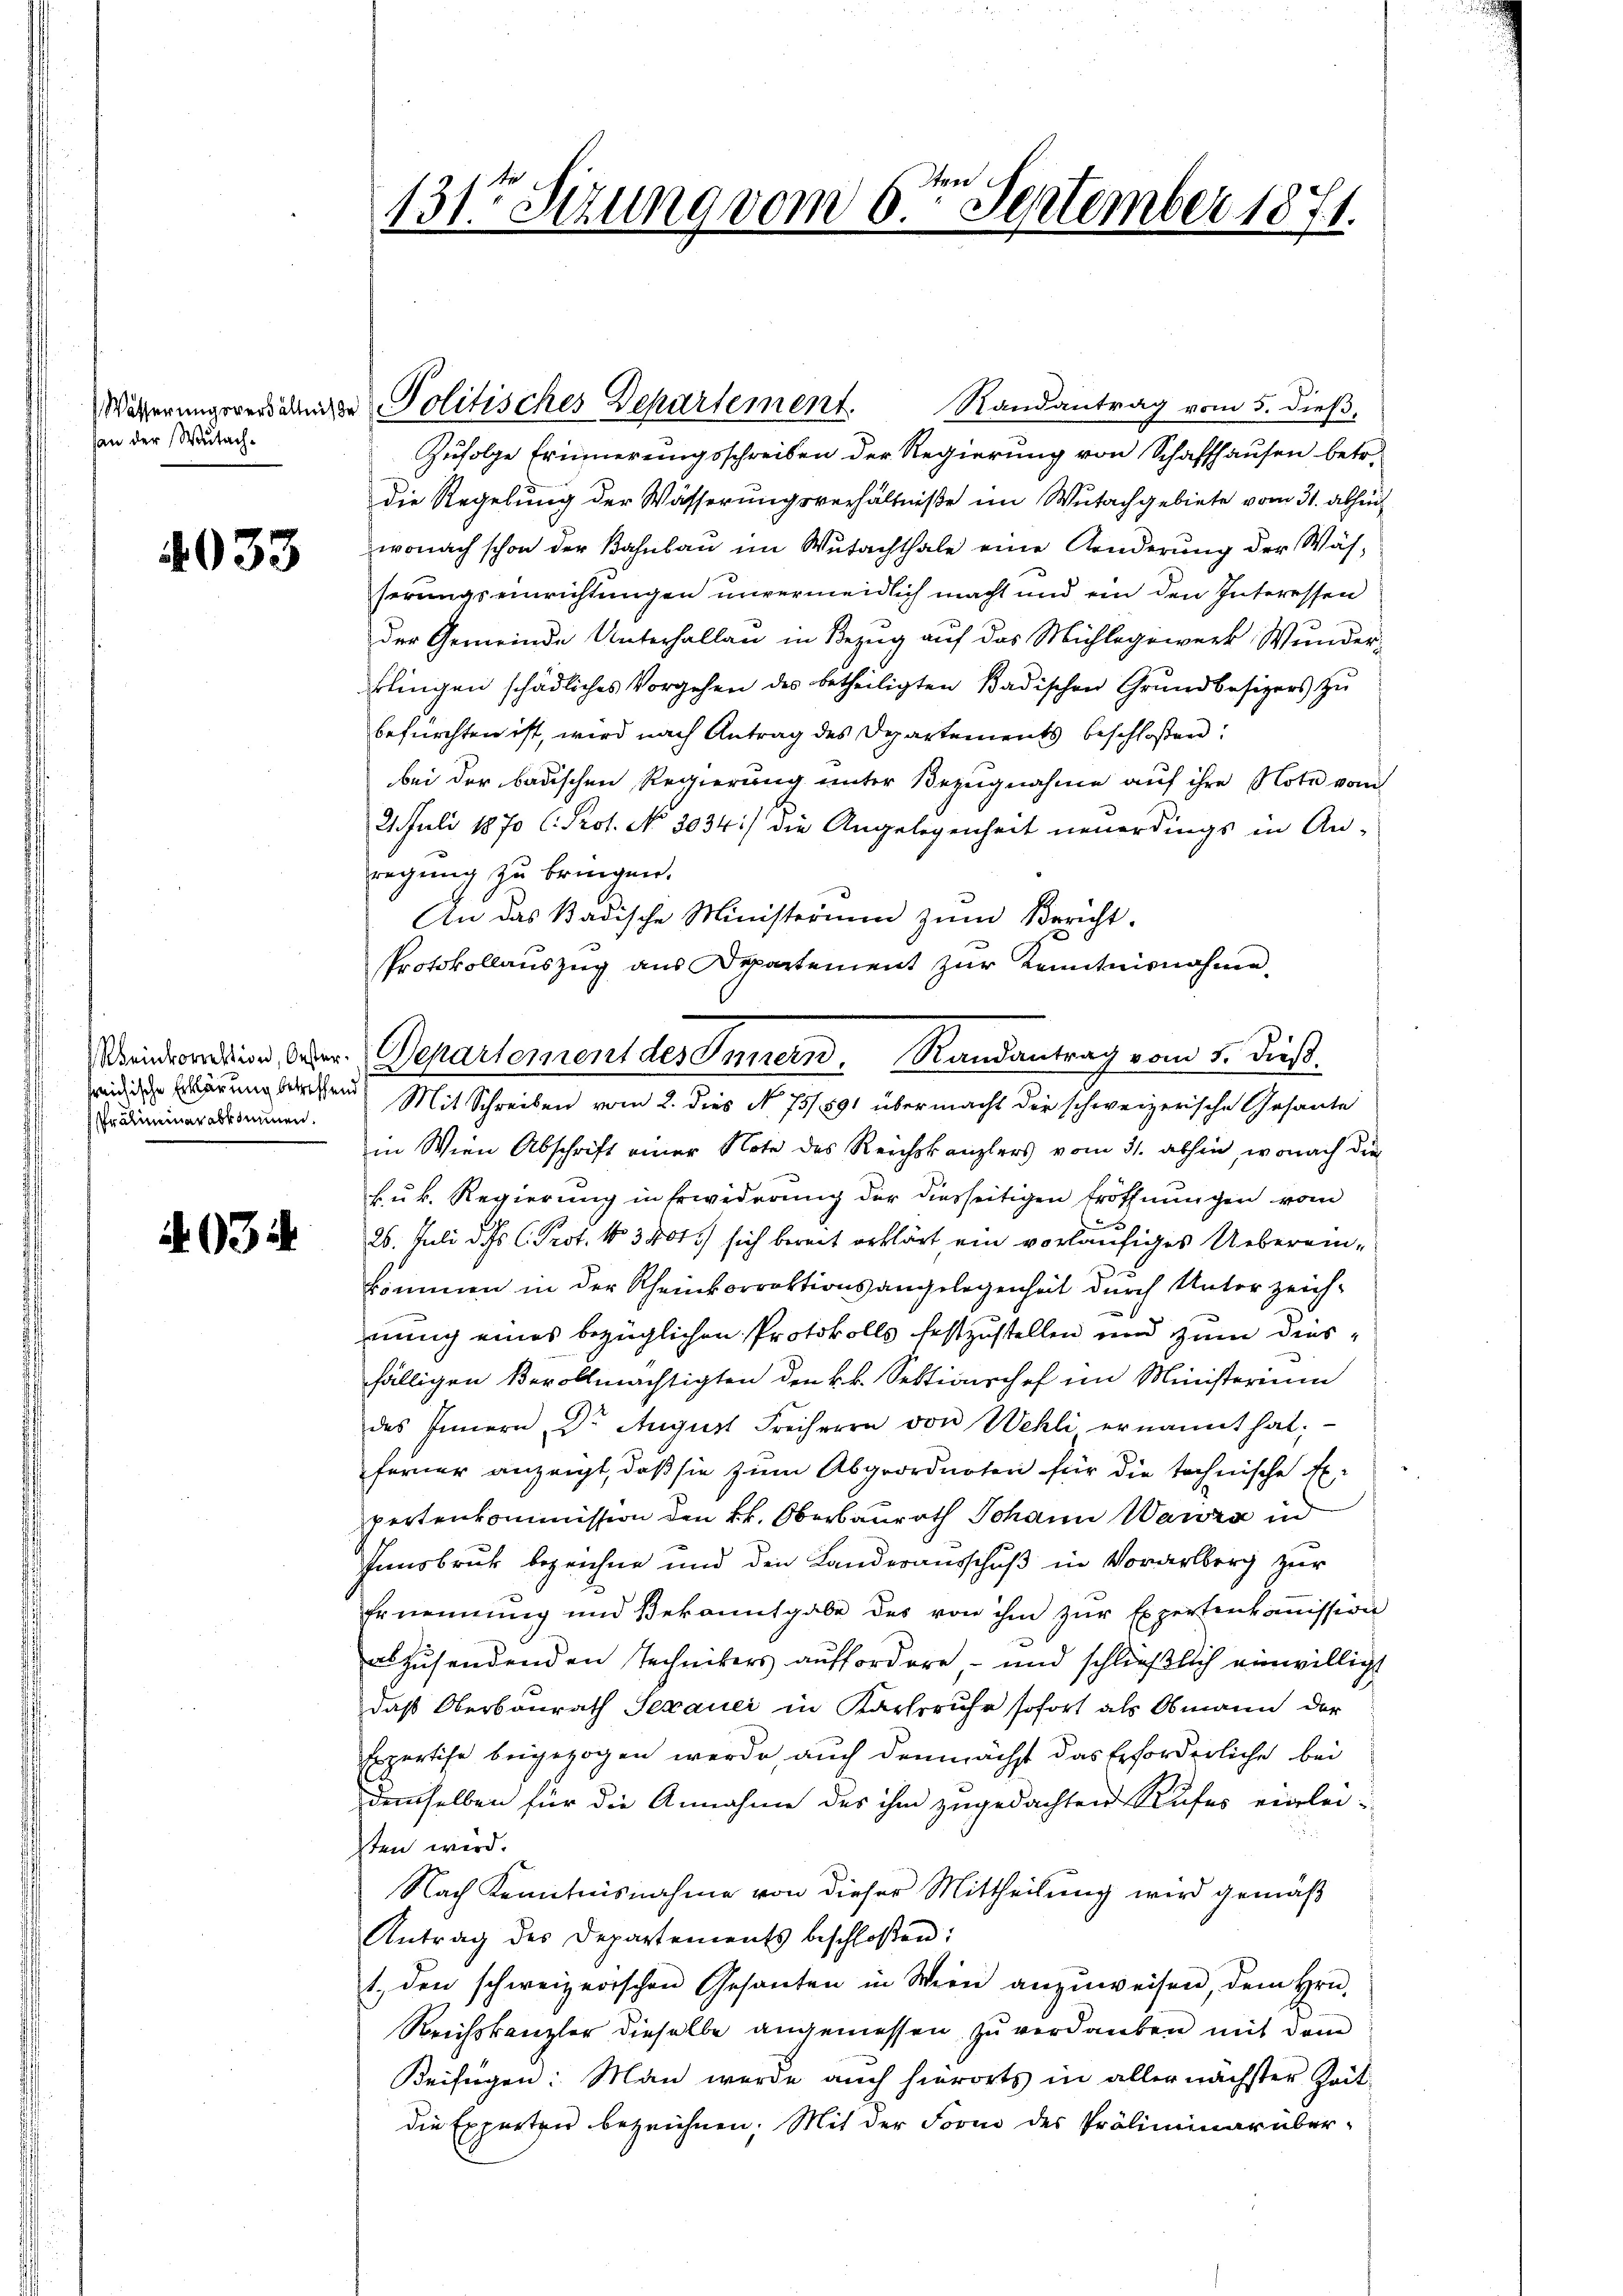
san der Wutach¬

4033

Weinkorrektion, Oesterreichische Erklärung betreffend
Prälimeiner abkommen.

4034

131ten Sizung vom 6ten September 1871.

Wäßerungeressaie Politisches Departement.

Randantrag vom 5. dieß,
Zufolge Erinnerungsschreiben der Regierung von Schaffhausen betr.
die Regelung der Wässerungsverhältniße im Wutachgebiete vom 31. abhin
wonach schon der Bahnbau im Wutachthale eine Aenderŭng der Wäh-
serungseinrichtungen unvermeidlich macht und ein den Interessen
der Gemeinde Unterhallen in Bezug auf das Mühlegewerk Wunderklingen schädliches Vorgehen des betheiligten Badischen Grundbesizers zu
befürchten ist, wird nach Antrag des Departements beschloßen:
bei der badischen Regierung unter Bezugnahme auf ihre Note vom
21. Juli 1870 C. Prot. No 3034) die Angelegenheit neuerdings in An-
regung zu bringen.
An das Badische Ministerium zum Bericht.
Protokollauszug aus Departement zur Kenntnisnahme
Mit Schreiben vom 2. dies No. 751. 891 übermacht der schweizerische Gesante
in Wien Abschrift einer Note des Reichskanzlers vom 31. abhin, wonach die
kuk. Regierung in Erwiderung der diesseitigen Eröffnungen vom
26. Juli d. Js. C. Prot. No 3400. sich bereit erklärt ein vorläufiges Uebereinkommen in der Rheinkorrektionsangelegenheit durch Unterzeich-
nung eines bezüglichen Protokolls festzustellen und zum diesfälligen Bevollmächtigten den k.k. Sektionschef im Ministerium
des Innern Dr. August Freiherrn von Wehli ernannt hat;
ferner anzeigt, daß sie zum Abgeordneten für die technische Expertenkommission den kk. Oberbaurath Johann Wanza in
Innsbruk bezeichne und den Landerausschuß in Vorarlberg zur
Ernennung und Bekanntgabe des von ihm zur Expertenkoṁission
abzusendenden Technikers auffordere - und schließlich einwilligt
daß Oberbaurath Sexauci in Karlsruhr sofort als Obmann der
Expertise beigezogen werde auch demnächst das Erforderliche bei
demselben für die Annahme des ihm zugedachten Rufes einlei-
sten wird.
Nach Kenntnisnahme von dieser Mittheilung wird gemäß
Antrag des Departements beschloßen:
1. den schweizerischen Gesanten in Wien anzŭweisen, dem Hrn.
Reichskanzler dieselbe angemessen zu verdanken mit dem
Beifügen: Man werde auch hierorts in aller nächster Zeit
die Experten bezeichnen. Mit der Form des Präliminar über-

Departement des Innern. Randantrag vom 5. dieß.